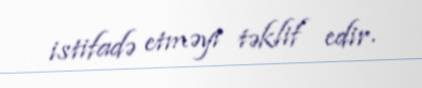
istifadə etməyi təklif edir.